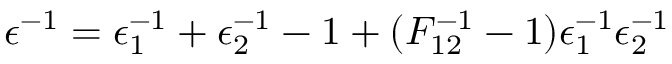
\epsilon ^ { - 1 } = \epsilon _ { 1 } ^ { - 1 } + \epsilon _ { 2 } ^ { - 1 } - 1 + ( F _ { 1 2 } ^ { - 1 } - 1 ) \epsilon _ { 1 } ^ { - 1 } \epsilon _ { 2 } ^ { - 1 }